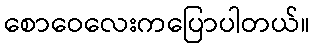
စောဝေလေးကပြောပါတယ်။